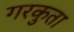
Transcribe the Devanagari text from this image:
गरकुता